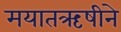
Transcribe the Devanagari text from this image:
मयातऋषीने